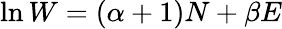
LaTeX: \ln W=(\alpha+1)N+\beta E